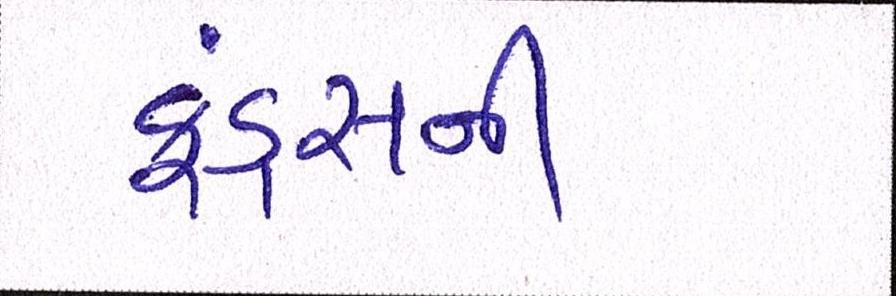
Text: ફંડ્સની